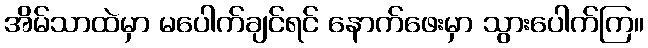
အိမ်သာထဲမှာ မပေါက်ချင်ရင် နောက်ဖေးမှာ သွားပေါက်ကြ။